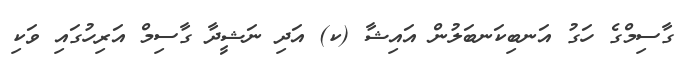
ގާސިމްގެ ހަގު އަނބިކަނބަލުން އައިޝާ (ކ) އަދި ނަޝީދާ ގާސިމް އަރިހުގައި ވަކި